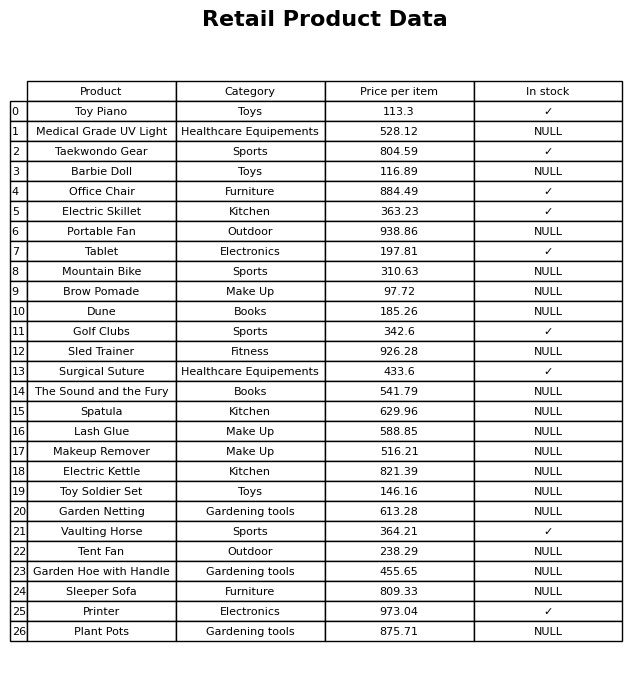
question: What is the price of the Makeup Remover?
answer: The price of Makeup Remover is 516.21.